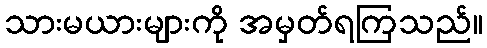
သားမယားများကို အမှတ်ရကြသည်။